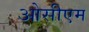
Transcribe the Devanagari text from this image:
ओसीएम